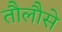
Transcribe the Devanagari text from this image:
तौलौसे